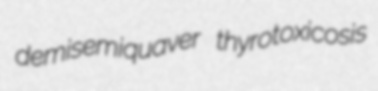
demisemiquaver thyrotoxicosis